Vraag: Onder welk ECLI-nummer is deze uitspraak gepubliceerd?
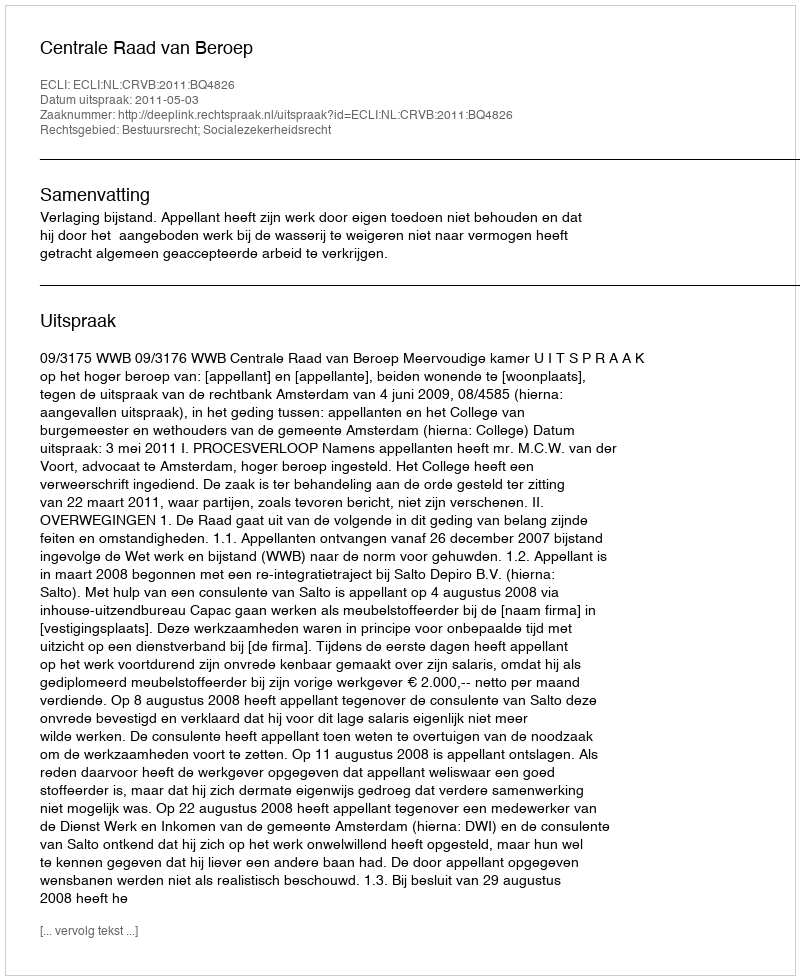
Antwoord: ECLI:NL:CRVB:2011:BQ4826